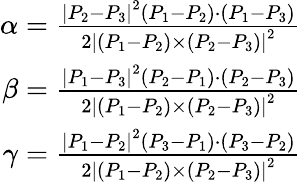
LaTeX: \begin{array}{r}{\alpha={\frac{\left|P_{2}-P_{3}\right|^{2}\left(P_{1}-P_{2}\right)\cdot\left(P_{1}-P_{3}\right)}{2\left|\left(P_{1}-P_{2}\right)\times\left(P_{2}-P_{3}\right)\right|^{2}}}}\\ {\beta={\frac{\left|P_{1}-P_{3}\right|^{2}\left(P_{2}-P_{1}\right)\cdot\left(P_{2}-P_{3}\right)}{2\left|\left(P_{1}-P_{2}\right)\times\left(P_{2}-P_{3}\right)\right|^{2}}}}\\ {\gamma={\frac{\left|P_{1}-P_{2}\right|^{2}\left(P_{3}-P_{1}\right)\cdot\left(P_{3}-P_{2}\right)}{2\left|\left(P_{1}-P_{2}\right)\times\left(P_{2}-P_{3}\right)\right|^{2}}}}\end{array}